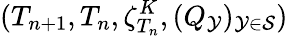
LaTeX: (T_{n+1},T_{n},\zeta_{T_{n}}^{K},(Q_{\mathcal{Y}})_{\mathcal{Y}\in\mathcal{{S}}})